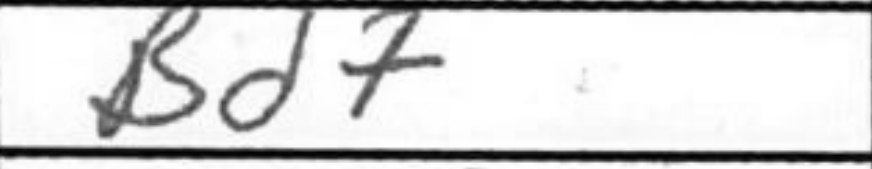
Transcription: Bd7